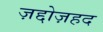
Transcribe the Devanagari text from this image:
ज़द्दोज़हद